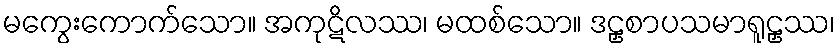
မကွေးကောက်သော။ အကုဋိလဿ၊ မထစ်သော။ ဒဠှစာပသမာရူဠှဿ၊